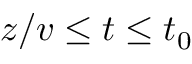
z / v \leq t \leq t _ { 0 }